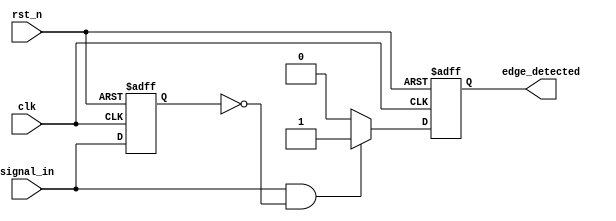
module rising_edge_detector (
    input wire clk,              // Clock input
    input wire rst_n,            // Active low reset
    input wire signal_in,        // Input signal to detect rising edge
    output reg edge_detected     // Output pulse for rising edge detection
);

    reg signal_in_prev;          // Register to hold the previous state of the input signal

    // Always block to capture the previous state and detect edges
    always @(posedge clk or negedge rst_n) begin
        if (!rst_n) begin
            signal_in_prev <= 1'b0;  // Reset previous state to 0
            edge_detected <= 1'b0;   // Reset output pulse
        end else begin
            // Rising edge detection logic
            if (signal_in && !signal_in_prev) begin
                edge_detected <= 1'b1; // Generate pulse on rising edge
            end else begin
                edge_detected <= 1'b0;  // Clear pulse in the next clock cycle
            end
            
            // Update the previous state
            signal_in_prev <= signal_in;
        end
    end

endmodule